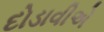
દોડાવીએ